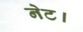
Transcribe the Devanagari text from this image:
नेट।